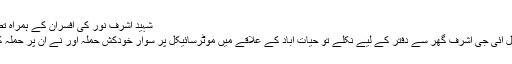
شہید اشرف نور کی افسران کے ہمراہ تصویر
ایڈیشنل آئی جی اشرف گھر سے دفتر کے لیے نکلے تو حیات آباد کے علاقے میں موٹرسائیکل پر سوار خودکش حملہ آور نے ان پر حملہ کردیا۔